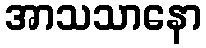
အာသသာနော